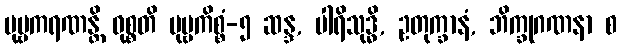
ပုဗ္ဗကရဏန္တိ ဝုစ္စတိ ပုဗ္ဗကိစ္စံ-၅ ဆန္ဒ, ပါရိသုဒ္ဓိ, ဥတုက္ခာနံ, ဘိက္ခုဂဏနာ စ